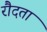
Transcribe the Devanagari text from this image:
रौदता